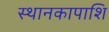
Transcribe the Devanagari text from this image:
स्थानकापाशि